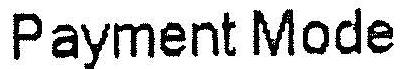
PAYMENT MODE